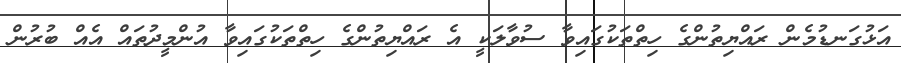
އަޅުގަނޑުމެން ރައްޔިތުންގެ ހިތްތަކުގައިވާ ސުވާލަކީ އެ ރައްޔިތުންގެ ހިތްތަކުގައިވާ އުންމީދުތައް އެއް ބުރުން